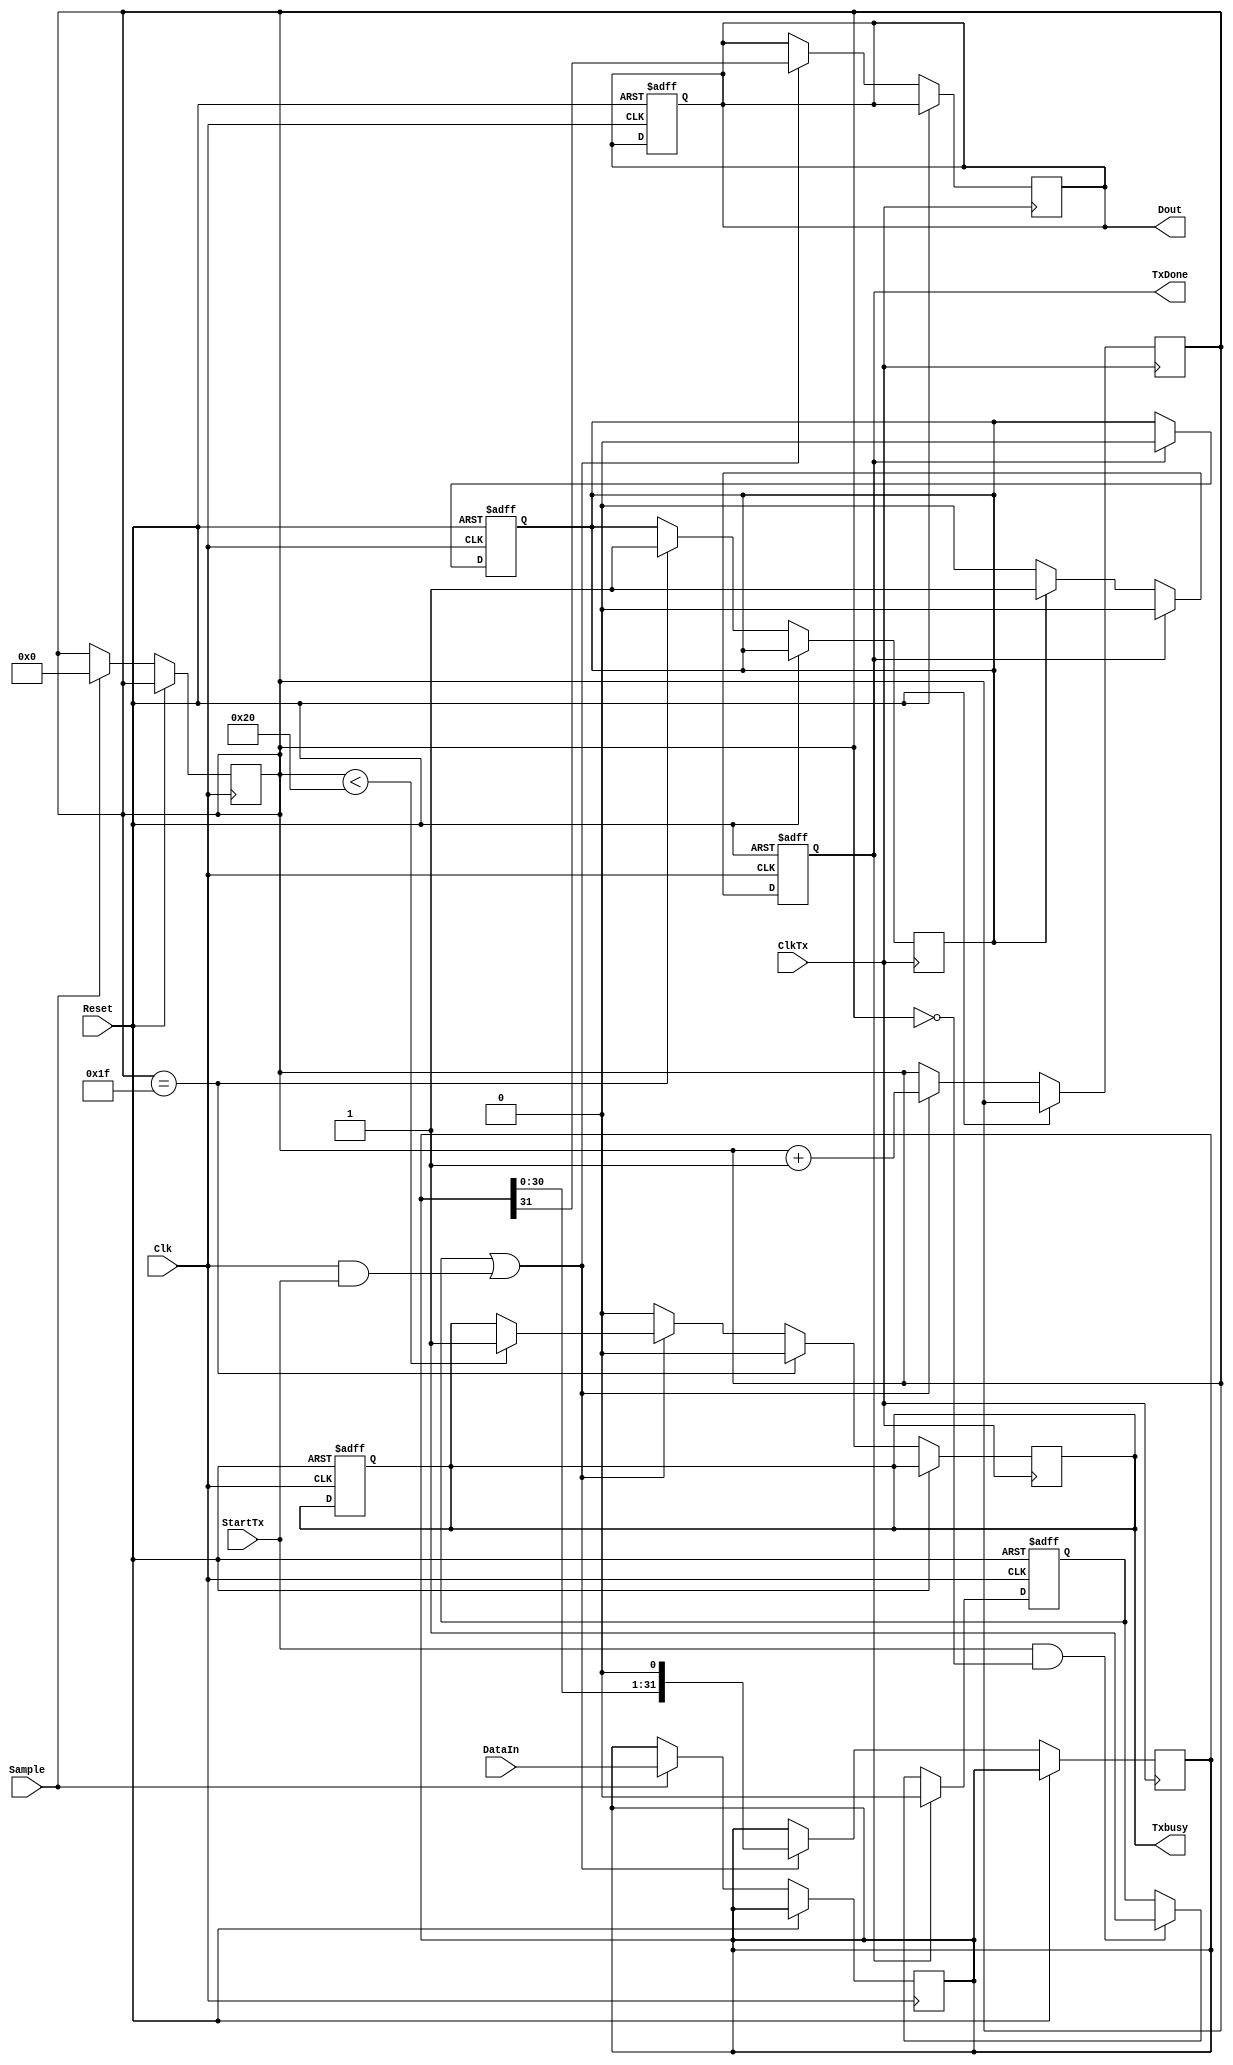
module SerialTransceiver #(parameter N = 1)
  (DataIn, Sample, StartTx, TxDone, Reset, Clk, ClkTx, Txbusy, Dout);
  input [32 - 1:0] DataIn;
  input Sample, StartTx, Reset, Clk, ClkTx;
  output reg TxDone, Txbusy;
  output reg [N - 1:0] Dout;
  
  reg [N - 1:0] concatenate  = 0;
  reg transfer = 0;
  reg [32:0] counter = 0;
  reg done = 0;
  reg [32 - 1:0] RegBank;
  integer index;

  always @(posedge Reset, posedge Clk) begin
    if(Reset) begin
      done <= 0;
      TxDone <= 0;
      Dout <= 0;
      Txbusy <= 0;
      transfer <= 0;
    end else if(Clk) begin
      if(Sample) begin RegBank <= DataIn; counter <= 0; end
      if(StartTx && counter == 0) transfer <= 1;
      if(done) TxDone <= 1;
      if(TxDone) begin
        TxDone <= 0;
        done <= 0;
        transfer <= 0;
      end
    end
  end
  
  always @(posedge ClkTx) begin
    if(!Reset) begin
      if(transfer || Clk && StartTx) begin
        if(counter < 32) Txbusy <= 1;
      Dout <= RegBank[32 - 1:32 - N];
      RegBank <= { RegBank[32 - 1 - N:0], concatenate};
      counter <= counter + N;
      end else Txbusy <= 0;
      if(counter == (32 - N)) begin done <= 1; Txbusy <= 0; end
    end
  end
endmodule